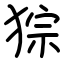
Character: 猔